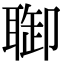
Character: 𦖐